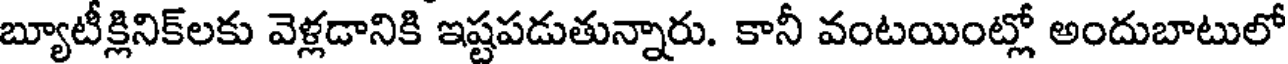
బ్యూటీక్లినిక్లకు వెళ్లడానికి ఇష్టపడుతున్నారు. కానీ వంటయింట్లో అందుబాటులో